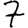
Digit: 7